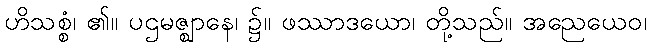
ဟိသစ္စံ၊ ၏။ ပဌမဇ္ဈာနေ၊ ၌။ ဖဿာဒယော၊ တို့သည်။ အညေယေဝ၊